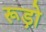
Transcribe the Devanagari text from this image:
रूड़ो